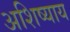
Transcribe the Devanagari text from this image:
अशिष्याय